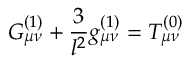
G _ { \mu \nu } ^ { ( 1 ) } + \frac { 3 } { l ^ { 2 } } g _ { \mu \nu } ^ { ( 1 ) } = { \cal T } _ { \mu \nu } ^ { ( 0 ) }